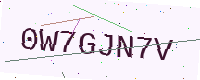
Text: 0W7GJN7V